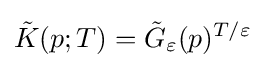
{\tilde {K}}(p;T)={\tilde {G}}_{\varepsilon }(p)^{T/\varepsilon }